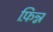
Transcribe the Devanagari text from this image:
फ़िन्न